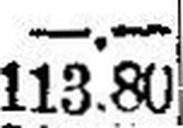
113.80